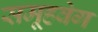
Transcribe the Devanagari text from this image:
समूहवेग